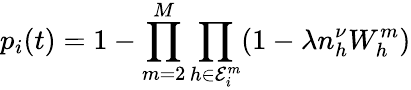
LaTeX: p_{i}(t)=1-\prod_{m=2}^{M}\prod_{h\in\mathcal{E}_{i}^{m}}(1-\lambda n_{h}^{\nu}W_{h}^{m})